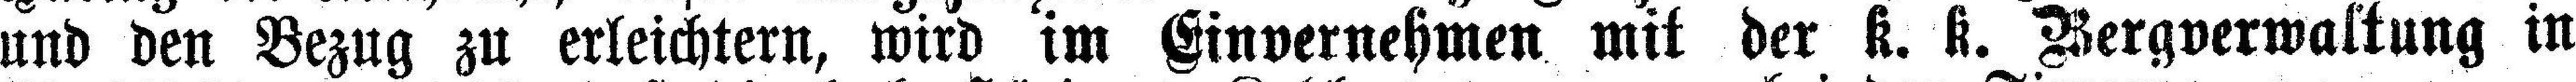
und den Bezug zu erleichtern, wird im Einvernehmen mit der k. k. Wergverwaltung in